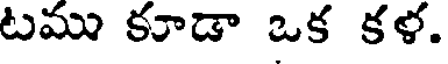
టము కూడా ఒక కళ.